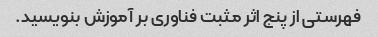
فهرستی از پنج اثر مثبت فناوری بر آموزش بنویسید.